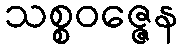
သစ္စဝဇ္ဇေန